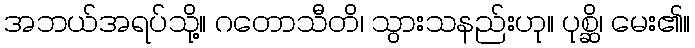
အဘယ်အရပ်သို့။ ဂတောသီတိ၊ သွားသနည်းဟု။ ပုစ္ဆိ၊ မေး၏။